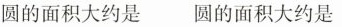
圆的面积大约是圆的面积大约是